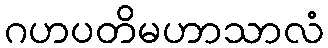
ဂဟပတိမဟာသာလံ